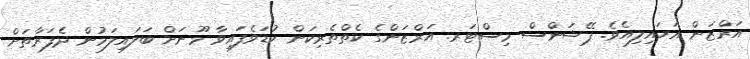
އަރްޒަން އަހައިލިއެވެ. ޕޭޝަންސް މިސްޓަރ. އަރްޒަންގެ ކެތްތެރިކަން ކުޑަވެފައިވާ މޫނަށް ބަލައިލަމުން ދެފަރާތަށް